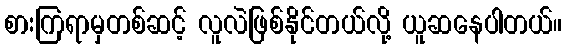
စားကြရာမှတစ်ဆင့် လူလဲဖြစ်နိုင်တယ်လို့ ယူဆနေပါတယ်။